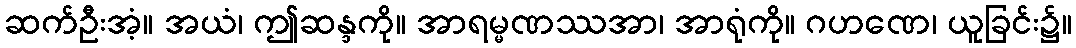
ဆက်ဦးအံ့။ အယံ၊ ဤဆန္ဒကို။ အာရမ္မဏဿအာ၊ အာရုံကို။ ဂဟဏေ၊ ယူခြင်း၌။